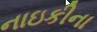
નાઇકીના